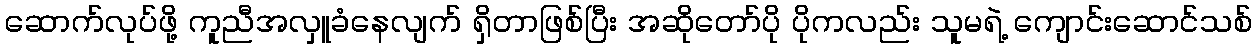
ဆောက်လုပ်ဖို့ ကူညီအလှူခံနေလျက် ရှိတာဖြစ်ပြီး အဆိုတော်ပို ပိုကလည်း သူမရဲ့ ကျောင်းဆောင်သစ်